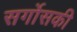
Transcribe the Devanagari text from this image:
सर्गोसकी